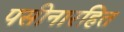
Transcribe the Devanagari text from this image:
पसीनारहित